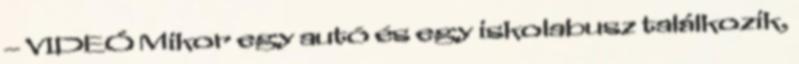
– VIDEÓ Mikor egy autó és egy iskolabusz találkozik,